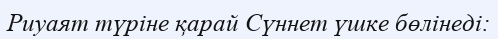
Риуаят түріне қарай Сүннет үшке бөлінеді: